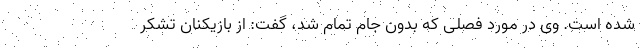
شده است. وی در مورد فصلی که بدون جام تمام شد، گفت: از بازیکنان تشکر